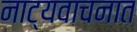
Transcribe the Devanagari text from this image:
नाट्यवाचनात